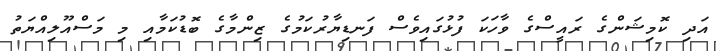
އަދި ކޮމިޝަންގެ ރައީސްގެ ވާހަކަ ފުޅުގައިވެސް ފަނޑިޔާރުކަމުގެ ޒިންމާގެ ބޮޑުކަމާއި މި މަސްއޫލިއްޔަތު